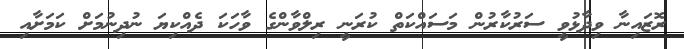
ރޮޒައިނާ ވިދާޅުވީ ސަރުކާރުން މަސައްކަތް ކުރަނީ ރިލްވާންގެ ވާހަކަ ދެއްކިޔަ ނުދިނުމަށް ކަމަށާއި